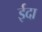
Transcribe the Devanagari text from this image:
ईदा